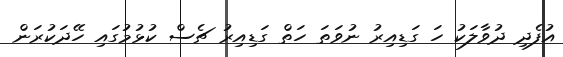
އުފެދި ދުވާލަކު ހަ ގަޑިއިރު ނުވަތަ ހަތް ގަޑިއިރު ޗެސް ކުޅުމުގައި ހޭދަކުރަން